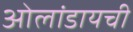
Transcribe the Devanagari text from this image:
ओलांडायची